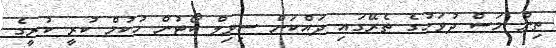
ތިން މަސް ދުވަހުގެ ތެރޭގައި ދައްކަން ސިވިލް ކޯޓުން ހުކުމް ކުރީ ކުރީގެ